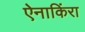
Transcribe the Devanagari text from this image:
ऐनाकिंरा